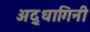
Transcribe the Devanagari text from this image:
अद्र्धागिनी